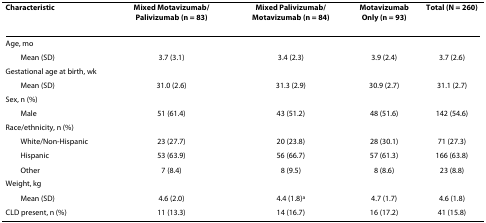
<table><thead><tr><td><b>Characteristic</b></td><td><b>Mixed Motavizumab/Palivizumab (n = 83)</b></td><td><b>Mixed Palivizumab/Motavizumab (n = 84)</b></td><td><b>Motavizumab Only (n = 93)</b></td><td><b>Total (N = 260)</b></td></tr></thead><tbody><tr><td>Age, mo</td><td></td><td></td><td></td><td></td></tr><tr><td> Mean (SD)</td><td>3.7 (3.1)</td><td>3.4 (2.3)</td><td>3.9 (2.4)</td><td>3.7 (2.6)</td></tr><tr><td>Gestational age at birth, wk</td><td></td><td></td><td></td><td></td></tr><tr><td> Mean (SD)</td><td>31.0 (2.6)</td><td>31.3 (2.9)</td><td>30.9 (2.7)</td><td>31.1 (2.7)</td></tr><tr><td>Sex, n (%)</td><td></td><td></td><td></td><td></td></tr><tr><td> Male</td><td>51 (61.4)</td><td>43 (51.2)</td><td>48 (51.6)</td><td>142 (54.6)</td></tr><tr><td>Race/ethnicity, n (%)</td><td></td><td></td><td></td><td></td></tr><tr><td> White/Non-Hispanic</td><td>23 (27.7)</td><td>20 (23.8)</td><td>28 (30.1)</td><td>71 (27.3)</td></tr><tr><td> Hispanic</td><td>53 (63.9)</td><td>56 (66.7)</td><td>57 (61.3)</td><td>166 (63.8)</td></tr><tr><td> Other</td><td>7 (8.4)</td><td>8 (9.5)</td><td>8 (8.6)</td><td>23 (8.8)</td></tr><tr><td>Weight, kg</td><td></td><td></td><td></td><td></td></tr><tr><td> Mean (SD)</td><td>4.6 (2.0)</td><td>4.4 (1.8)<sup>a</sup></td><td>4.7 (1.7)</td><td>4.6 (1.8)</td></tr><tr><td>CLD present, n (%)</td><td>11 (13.3)</td><td>14 (16.7)</td><td>16 (17.2)</td><td>41 (15.8)</td></tr></tbody></table>